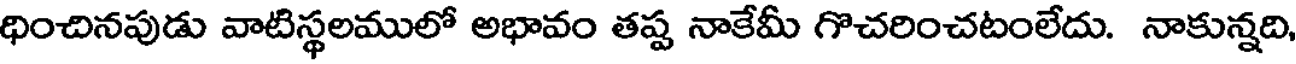
ధించినపుడు వాటిస్థలములో అభావం తష్ట నాకేమీ గొచరించటంలేదు. నాకున్నది